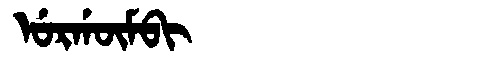
Manchu: ᡠᡵᡤᡡᠮᠪᡳ
Romanization: URGŪMBI